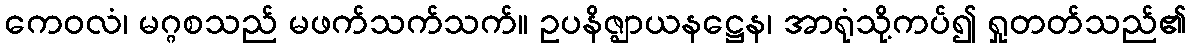
ကေဝလံ၊ မဂ္ဂစသည် မဖက်သက်သက်။ ဥပနိဇ္ဈာယနဋ္ဌေန၊ အာရုံသို့ကပ်၍ ရှုတတ်သည်၏